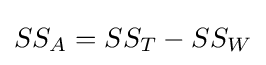
SS_{A}=SS_{T}-SS_{W}